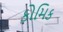
કોમિક